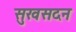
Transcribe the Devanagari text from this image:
सुखसदन